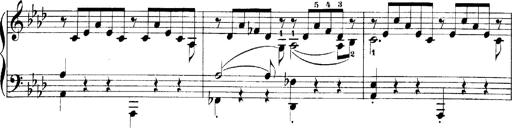
Title: LiebestrÃ¤ume
Composer: Franz Behr
Key: E-flat major